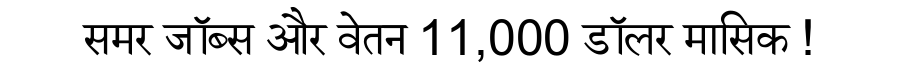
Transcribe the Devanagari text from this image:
समर जॉब्स और वेतन 11,000 डॉलर मासिक !